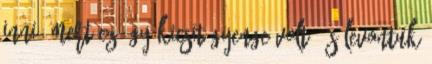
inni, mert ez így kicsit gyenge volt. És levontuk